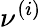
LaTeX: \nu^{(i)}